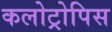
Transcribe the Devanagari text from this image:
कलोट्रोपिस